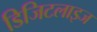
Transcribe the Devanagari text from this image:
डिजिटलाइज